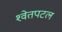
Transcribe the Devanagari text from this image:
श्‍वेतपटल